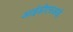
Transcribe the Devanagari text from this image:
आईडीएसआई